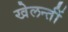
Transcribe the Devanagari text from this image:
खेलन्तीं